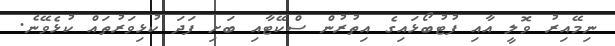
ނިމޭއިރު ވޮލީ އާއި ފުޓުބޯޅައިގެ އިތުރުން ސްކޭޓާއި ބަށި ފަދަ ކުޅިވަރުތައް ކުޅެވޭނެ.